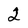
Character: 2